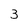
Character: 3